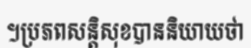
។ប្រភពសន្តិសុខបាននិយាយថា